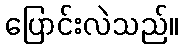
ပြောင်းလဲသည်။